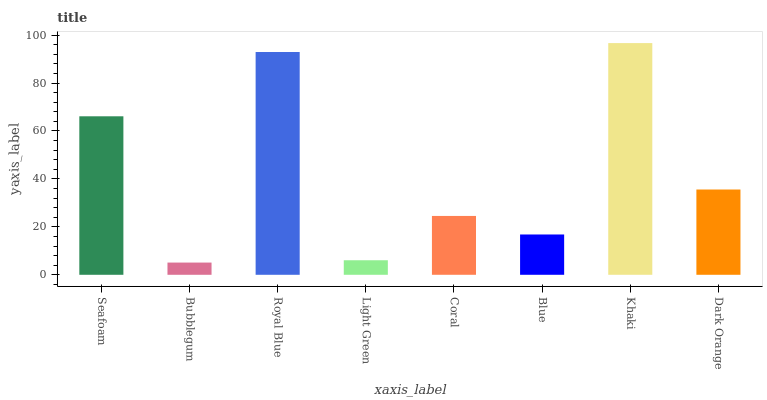
| xaxis_label | bars |
 | --- | --- |
 | Seafoam | 66.1 |
 | Bubblegum | 5.1 |
 | Royal Blue | 93 |
 | Light Green | 6.07 |
 | Coral | 24.6 |
 | Blue | 16.8 |
 | Khaki | 96.7 |
 | Dark Orange | 35.6 |